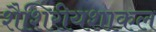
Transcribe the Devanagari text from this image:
शैशिरीयशाकल